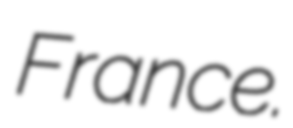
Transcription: France.